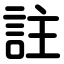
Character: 註